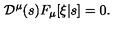
{ \cal D } ^ { \mu } ( s ) F _ { \mu } [ \xi | s ] = 0 .